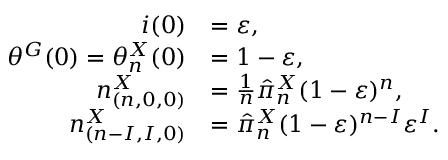
\begin{array} { r l } { i ( 0 ) } & { = \varepsilon , } \\ { \theta ^ { G } ( 0 ) = \theta _ { n } ^ { X } ( 0 ) } & { = 1 - \varepsilon , } \\ { n _ { ( n , 0 , 0 ) } ^ { X } } & { = \frac { 1 } { n } \hat { \pi } _ { n } ^ { X } ( 1 - \varepsilon ) ^ { n } , } \\ { n _ { ( n - I , I , 0 ) } ^ { X } } & { = \hat { \pi } _ { n } ^ { X } ( 1 - \varepsilon ) ^ { n - I } \varepsilon ^ { I } . } \end{array}